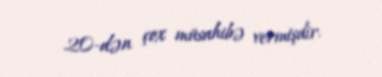
20-dən çox müsahibə vermişdir.